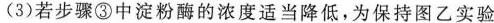
(3)若步骤③中淀粉酶的浓度适当降低，为保持图乙实验